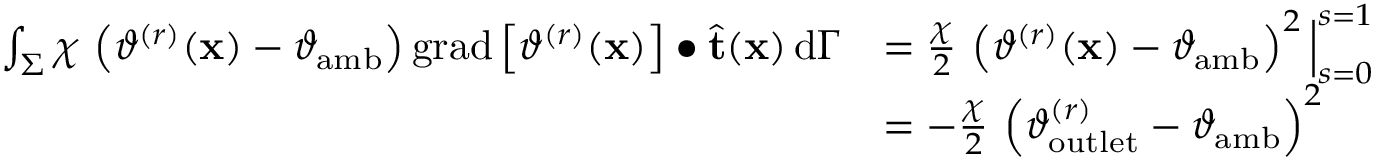
\begin{array} { r l } { \int _ { \Sigma } \chi \, \left( \vartheta ^ { ( r ) } ( \mathbf { x } ) - \vartheta _ { \mathrm { a m b } } \right) \mathrm { g r a d } \left[ \vartheta ^ { ( r ) } ( \mathbf { x } ) \right] \bullet \widehat { \mathbf { t } } ( \mathbf { x } ) \, \mathrm { d } \Gamma } & { = \frac { \chi } { 2 } \, \left( \vartheta ^ { ( r ) } ( \mathbf { x } ) - \vartheta _ { \mathrm { a m b } } \right) ^ { 2 } \Big | _ { s = 0 } ^ { s = 1 } } \\ & { = - \frac { \chi } { 2 } \, \left( \vartheta _ { \mathrm { o u t l e t } } ^ { ( r ) } - \vartheta _ { \mathrm { a m b } } \right) ^ { 2 } } \end{array}